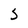
Character: S